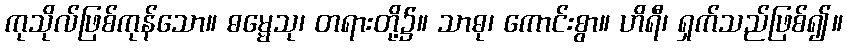
ကုသိုလ်ဖြစ်ကုန်သော။ ဓမ္မေသု၊ တရားတို့၌။ သာဓု၊ ကောင်းစွာ။ ဟိရီ၊ ရှက်သည်ဖြစ်၍။